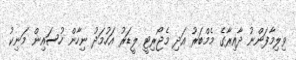
ވިލިމާފަންނު ދާއިރާގެ މެމްބަރު އަދި މެޖޯރިޓީ ލީޑަރު އަހުމަދު ނިހާން ހުސައިން މަނިކު